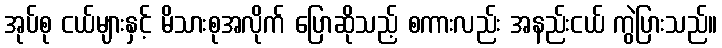
အုပ်စု ငယ်များနှင့် မိသားစုအလိုက် ပြောဆိုသည့် စကားလည်း အနည်းငယ် ကွဲပြားသည်။